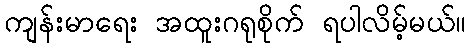
ကျန်းမာရေး အထူးဂရုစိုက် ရပါလိမ့်မယ်။